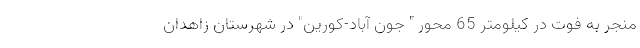
منجر به فوت در کیلومتر 65 محور " جون آباد-کورین" در شهرستان زاهدان